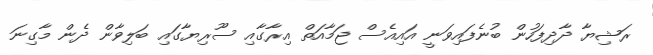
ރަޝިޔާ ދާދިފަހުން ބުނެފައިވަނީ އައިއެސް ޖަމާއަތް އިރާގާއި ސޫރިޔާގައި ބަލިވާން ދެން މާގިނަ